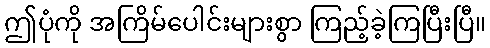
ဤပုံကို အကြိမ်ပေါင်းများစွာ ကြည့်ခဲ့ကြပြီးပြီ။